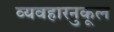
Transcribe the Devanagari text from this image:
व्यवहारनुकूल